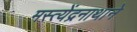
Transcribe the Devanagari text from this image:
मस्त्येंद्रनाथाने